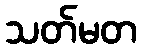
သတ်မတ